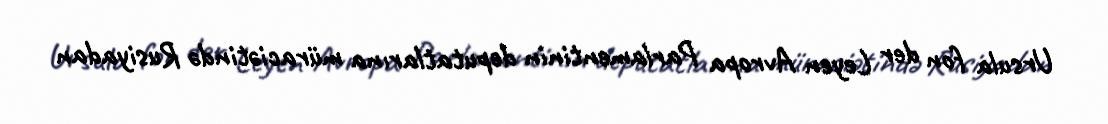
Ursula fon der Leyen Avropa Parlamentinin deputatlarına müraciətində Rusiyadan